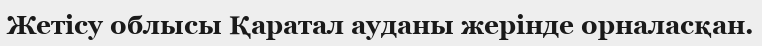
Жетісу облысы Қаратал ауданы жерінде орналасқан.